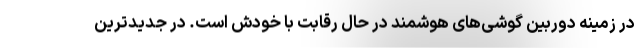
در زمینه دوربین گوشی‌های هوشمند در حال رقابت با خودش است. در جدیدترین